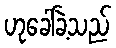
ဟုခေါ်ခဲ့သည်